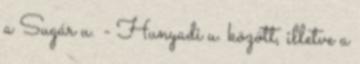
a Sugár u. - Hunyadi u. között, illetve a